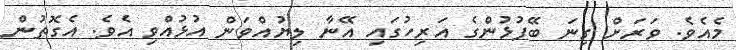
މެއެވެ. ވަރަށް ގިނަ ބޭފުޅުންގެ އަރިހުގައި އޭނާ ލިޔުއްވަން އުޅުއްވި އެވެ. އެގޮތުން